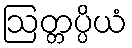
ဩတ္တပ္ပိယံ